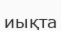
иықта